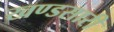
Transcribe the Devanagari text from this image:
खण्डसारी